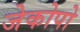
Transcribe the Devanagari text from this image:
जेकोपो